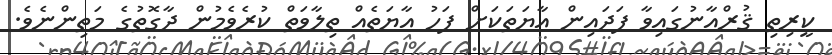
ކީރިތި ޤުރްއާނުގައިވާ ފަދައިން އާޔަތަކަށް ފަހު އާޔަތެއް ތިލާވަތް ކުރެވެމުން ދާގޮތުގެ މަތިންނެވެ.